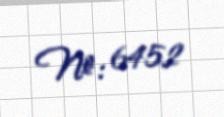
№: 6452